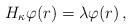
LaTeX: \begin{align*}H_\kappa\varphi(r)=\lambda\varphi(r)\, ,\end{align*}